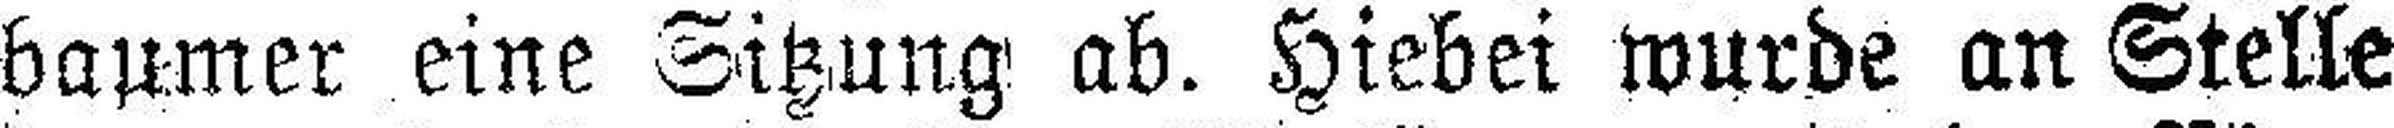
baumer eine Sitzung ab. Hiebei wurde an Stelle